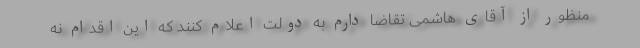
منظور از آقای هاشمی تقاضا دارم به دولت اعلام کنند که این اقدام نه